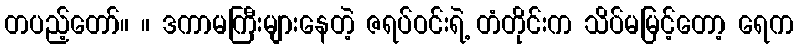
တပည့်တော်။ ။ ဒကာမကြီးများနေတဲ့ ဇရပ်ဝင်းရဲ့ တံတိုင်းက သိပ်မမြင့်တော့ ရေက